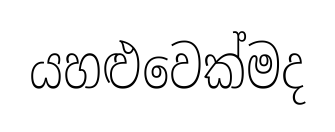
යහළුවෙක්මද